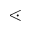
\lessdot